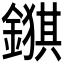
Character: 𮢺